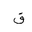
Letter: _qaf